King Institute of Preventive Medicine Micro-Biological Section reports 1909-11
Year: 1909
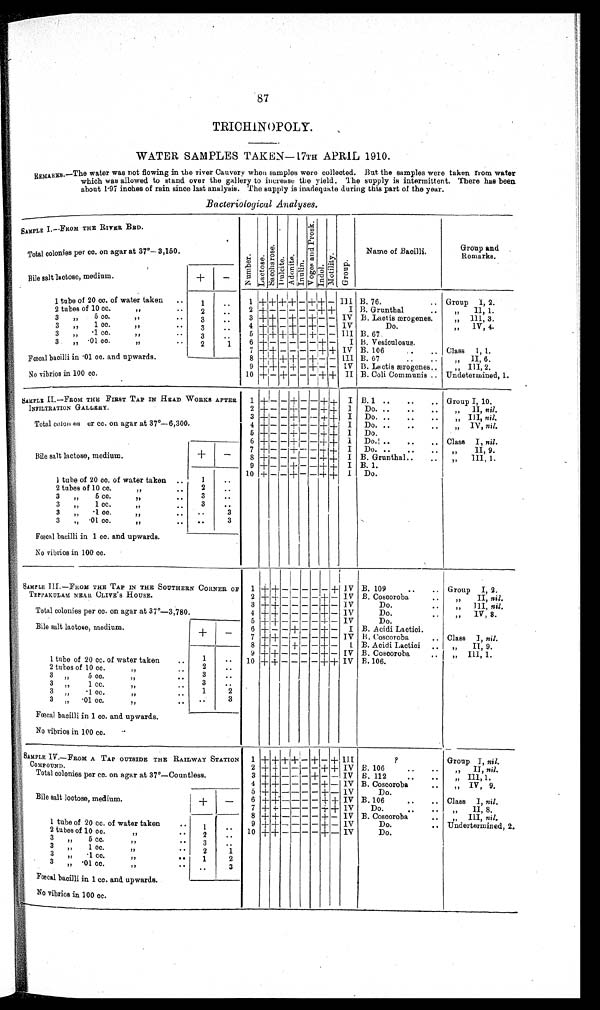
87
TRICHINOPOLY.
WATER SAMPLES TAKEN—17TH APRIL 1910.
REMARKS.—The water was not flowing in the river Cauvery when samples were collected. But the samples were taken from water
which was allowed to stand over the gallery to increase the yield. The supply is intermittent. There has been
about 1·97 inches of rain since last analysis. The supply is inadequate during this part of the year.
Bacteriological Analyses.
SAMPLE I.—FROM THE RIVER BED.
Number.Lact ose.Sacchar os e. Du l c i t e . Adonite.Inulin.V o g e s a n d P r o s k . Indol.Mot i l i t y.Group.
Name of Bacilli.
Group and
Remarks
Total colonies per cc. on agar at 37°—3,150.
Bile salt lactose, medium.
+
-
1 tube of 20 cc. of water taken
1
1 + + + + - + + -
I I I B. 76.
Group 1, 2.
2 tubes of 10 cc.
2
2 + - - - - - + +
I B. Grunthal
,, II, 1.
3 ,, 5 cc.
3
3 + + - + - + - -
I V B. Lactis ærogenes.
,, III, 3.
3 ,, 1 cc.
3
4 + + - + - + - -
I V
Do.
,, IV, 4.
3 ,, ·1 cc.
3
5 + + + + - + - -
I I I B. 67
3 ,, ·01 cc.
2
1
6 + - - - - - + -
I B. Vesiculosus.
Fœcal bacilli in ·01 cc. and upwards.
7
+ + - - - - + +
I V B. 106
Class I, 1.
8 + + + + - + - -
I I I B. 67
,, II, 6.
9 + + - + - + - -
I V B. Lactis ærogenes.
,, III, 2.
No vibrios in 100 cc.
10 + - + - - - + +
I I B. Coli Communis . Undetermined, 1.
SAMPLE II.—FROM THE FIRST TAP IN HEAD WORKS AFTER
INFILTRATION GALLERY.
1
+ -
- + - - + +
I B. 1
Group I, 10.
2 + - - + - - + +
I Do.
,, II, nil.
Total colones er cc. on agar at 37°—6,300.
3 + - - + - - + +
I Do.
,, III, nil.
4 + - - + - - + +
I Do.
,, IV, nil.
5
+ - - + - - + +
I Do.
6 + - - + - - + +
I Do.
Class I, nil.
Bile salt lactose, medium.
+
-
7 + - - + - - + +
I Do.
,, II, 9.
8 + - - - - - + +
I B. Grunthal.
,, III, 1.
9 + - - + - - + +
I B. 1.
10 + - - + - - + +
I Do.
1 tube of 20 cc. of water taken
1
2 tubes of 10 cc.
2
3 ,, 5 cc.
3
3 ,, 1 cc.
3
3 ,, ·1 cc.
3
3 ,, ·01 cc.
3
Fœcal bacilli in 1 cc. and upwards.
No vibrios in 100 cc.
SAMPLE III.—FROM THE TAP IN THE SOUTHERN CORNER O
F TEPPAKULAM NEAR CLIVE'S HOUSE.
1
+
+
- - - - - + I V
B. 109
Group I, 2.
2 + + - -
- - + -
I V
B. Coscoroba
,, II, nil.
Total colonies per cc. on agar at 37°—3,780.
3 + + - - - - +- I V
Do.
,, III, nil.
4
+ + - -
- - + -
I V
Do.
,, IV, 8.
5 + + - -
- - + -
I V
Do.
Bile salt lactose, medium
+
-
6 + - - + - - + -
I B. Acidi Lactici.
7 + + - - - - + -
I V B. Coscoroba
Class I, nil.
8 + - - + - - + -
I B. Acidi Lactici
,, II, 9.
9 + + - - - - + -
I V
B. Coscoroba
,, III, 1.
1 tube of 20 cc. of water taken
1
10 + + - - - - + +
I V B. 106.
2 tubes of 10 cc.
2
3 ,, 5 cc.
3
3 ,, 1 cc.
3
3 ,, ·1 cc.
1
2
3 ,, ·01 cc.
3
Fœcal bacilli in 1 cc. and upwards.
No vibrios in 100 cc.
SAMPLE IV.—FROM A TAP OUTSIDE THE RAILWAY STATION
COMPOUND.
1
+ + + + - + - +
I I I
?
Group I, nil.
2 + + - - - - + +
I V B. 106
,, II, nil.
Total colonies per cc. on agar at 37°—Countless.
3 + + - - - + - -
I V B. 112.
,, III, 1.
4 + + - - - - + -
I V B. Coscoroba
,, IV, 9.
5
+ + - - - - + -
I V
Do
Bile salt loctose, medium.
+
-
6 + + - - - - + +
I V
B. 106
Class I, nil.
7 + + - - - - + +
I V
Do.
,, II, 8.
8 + + - - - - + -
I V B. Coscoroba
,, III, nil.
1 tube of 20 cc. of water taken
1
9+ + - - - - + -
I V
Do.
Undertermined, 2.
2 tubes of 10 cc.
2
10 + + - - - - + -
I V
Do.
3 ,, 5 cc.
3
3 ,, 1 cc.
2
1
3 ,, ·1 cc.
1
2
3 ,, ·01 cc.
3
Fœcal bacilli in 1 cc. and upwards.
No vibrios in 100 cc.